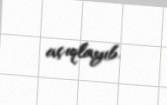
açıqlayıb.